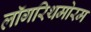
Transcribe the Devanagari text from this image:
लॉगरिथमोरम